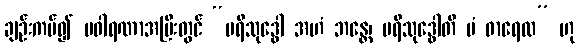
ချဉ်းကပ်၍ ပဝါရဏာအပြီးတွင် “ပရိသုဒ္ဓေါ အဟံ ဘန္တေ၊ ပရိသုဒ္ဓေါတိ မံ ဓာရေထ” ဟု